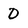
Character: D